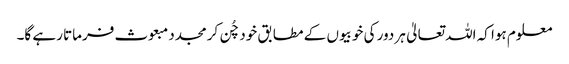
معلوم ہوا کہ اللہ تعالیٰ ہر دور کی خوبیوں کے مطابق خود چُن کر مجدد مبعوث فرماتا رہے گا۔